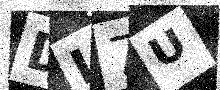
Text: DI7U